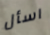
اسأل